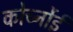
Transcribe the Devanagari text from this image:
कोर्च्नोई